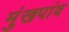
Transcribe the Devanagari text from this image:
मुंखपांव